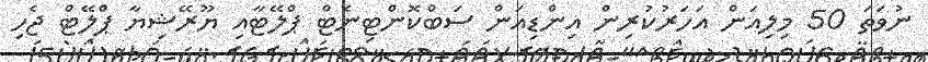
ނުވަތަ 50 މިލިއަން އަހަރުކުރިން އިންޑިއަން ސަބްކޮންޓިނެޓް ޕްލޭޓާއި ޔޫރޭޝިޔާ ޕްލޭޓް ޖެހި